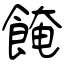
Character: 餣